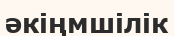
әкіңмшілік